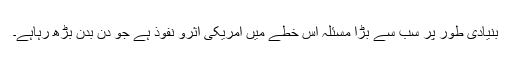
بنیادی طور پر سب سے بڑا مسئلہ اس خطے میں امریکی اثرو نفوذ ہے جو دن بدن بڑھ رہاہے۔